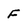
Character: F